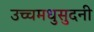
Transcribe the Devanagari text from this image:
उच्चमधुसुदनी